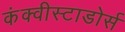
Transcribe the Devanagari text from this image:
कंक्वीस्टाडोर्स